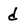
Character: d